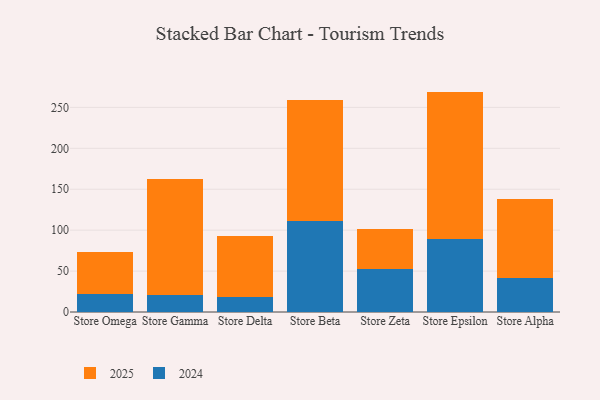
{"axis": {"x": "Store", "y": "Tickets Resolved"}, "legend": ["2024", "2025"], "data": [{"x": "Store Omega", "y": 22.1, "type": "2024"}, {"x": "Store Omega", "y": 51.0, "type": "2025"}, {"x": "Store Gamma", "y": 21.2, "type": "2024"}, {"x": "Store Gamma", "y": 141.9, "type": "2025"}, {"x": "Store Delta", "y": 18.2, "type": "2024"}, {"x": "Store Delta", "y": 74.9, "type": "2025"}, {"x": "Store Beta", "y": 111.6, "type": "2024"}, {"x": "Store Beta", "y": 147.7, "type": "2025"}, {"x": "Store Zeta", "y": 52.0, "type": "2024"}, {"x": "Store Zeta", "y": 49.7, "type": "2025"}, {"x": "Store Epsilon", "y": 89.4, "type": "2024"}, {"x": "Store Epsilon", "y": 179.9, "type": "2025"}, {"x": "Store Alpha", "y": 41.6, "type": "2024"}, {"x": "Store Alpha", "y": 96.4, "type": "2025"}]}